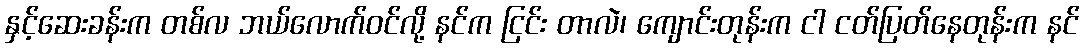
နှင့်ဆေးခန်းက တစ်လ ဘယ်လောက်ဝင်လို့ နင်က ငြင်း တာလဲ၊ ကျောင်းတုန်းက ငါ ငတ်ပြတ်နေတုန်းက နင်